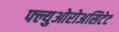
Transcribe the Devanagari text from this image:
फ्ल्युओरोअसिटेट